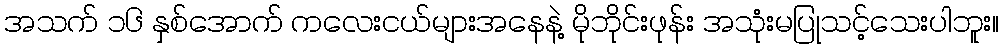
အသက် ၁၆ နှစ်အောက် ကလေးငယ်များအနေနဲ့ မိုဘိုင်းဖုန်း အသုံးမပြုသင့်သေးပါဘူး။